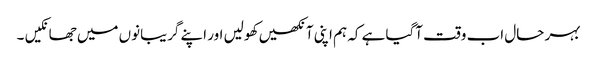
بہر حال اب وقت آگیا ہے کہ ہم اپنی آنکھیں کھولیں اور اپنے گریبانوں میں جھانکیں ۔